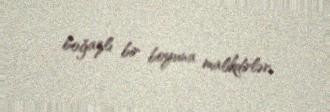
boğazlı bir boyuna malikdirlər.